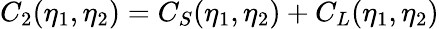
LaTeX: C_{2}(\eta_{1},\eta_{2})=C_{S}(\eta_{1},\eta_{2})+C_{L}(\eta_{1},\eta_{2})